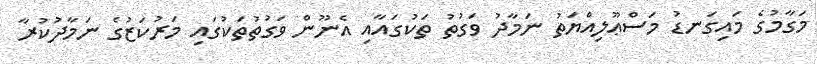
މަގާމުގެ މައިގަނޑު މަސްޢޫލިއްޔަތު ނަމާދު ވަގުތު ތަކުގައާއި އެނޫން ވަގުތުތަކުގައި މަރުކަޒުގެ ނަމާދުކުރާ